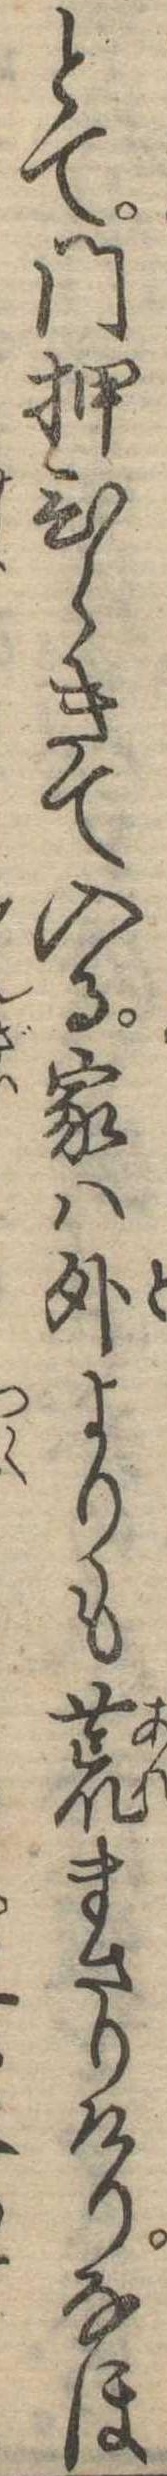
とて門押ひらきて入る家は外よりも荒まさりけりなほ